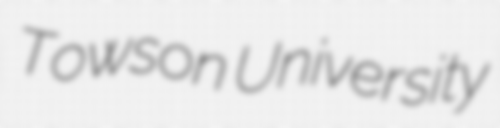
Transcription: Towson University